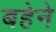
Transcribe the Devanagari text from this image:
बहेने